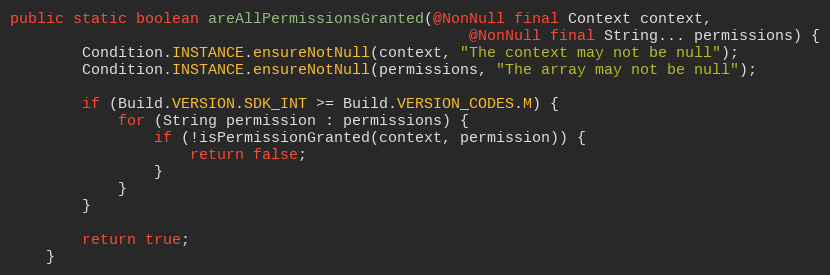
Language: Java
public static boolean areAllPermissionsGranted(@NonNull final Context context,
                                                   @NonNull final String... permissions) {
        Condition.INSTANCE.ensureNotNull(context, "The context may not be null");
        Condition.INSTANCE.ensureNotNull(permissions, "The array may not be null");

        if (Build.VERSION.SDK_INT >= Build.VERSION_CODES.M) {
            for (String permission : permissions) {
                if (!isPermissionGranted(context, permission)) {
                    return false;
                }
            }
        }

        return true;
    }